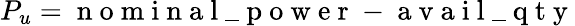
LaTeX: P_{u}=\mathrm{~n~o~m~i~n~a~l~\_ ~p~o~w~e~r~}-\mathrm{~a~v~a~i~l~\_ ~q~t~y~}